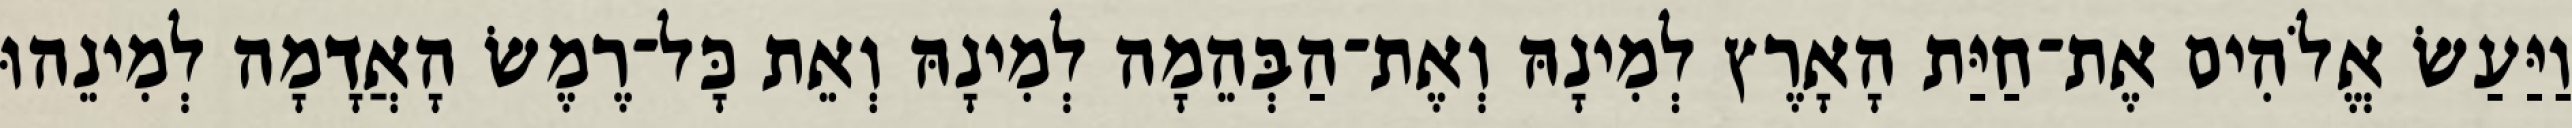
וַיַּעַשׂ אֱלֹהִים אֶת־חַיַּת הָאָרֶץ לְמִינָהּ וְאֶת־הַבְּהֵמָה לְמִינָהּ וְאֵת כָּל־רֶמֶשׂ הָאֲדָמָה לְמִינֵהוּ